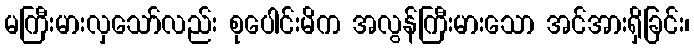
မကြီးမားလှသော်လည်း စုပေါင်းမိက အလွန်ကြီးမားသော အင်အားရှိခြင်း၊